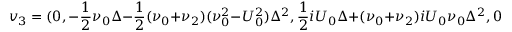
\boldsymbol { v } _ { 3 } = ( 0 , - \frac { 1 } { 2 } \nu _ { 0 } \Delta - \frac { 1 } { 2 } ( \nu _ { 0 } + \nu _ { 2 } ) ( \nu _ { 0 } ^ { 2 } - U _ { 0 } ^ { 2 } ) \Delta ^ { 2 } , \frac { 1 } { 2 } i U _ { 0 } \Delta + ( \nu _ { 0 } + \nu _ { 2 } ) i U _ { 0 } \nu _ { 0 } \Delta ^ { 2 } , 0 , 0 , 0 ) ^ { T } ,